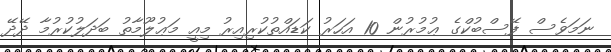
ނަމަވެސް ފޭސްބުކްގެ ޢުމުރުން 10 އަހަރު ކަޑައްތުކުރިއިރު މިއީ މަޢުލޫމާތު ބަދަލުކުރުމާ ދޭދޭ